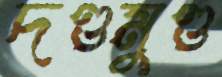
দণ্ডমুণ্ড